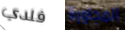
فلدي المجاورة